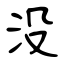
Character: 沒